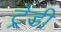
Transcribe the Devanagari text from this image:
ट्रेंडी